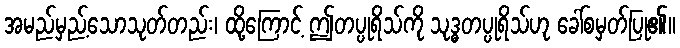
အမည်မှည့်သောသုတ်တည်း၊ ထို့ကြောင့် ဤတပ္ပုရိသ်ကို သုဒ္ဓတပ္ပုရိသ်ဟု ခေါ်စမှတ်ပြု၏။